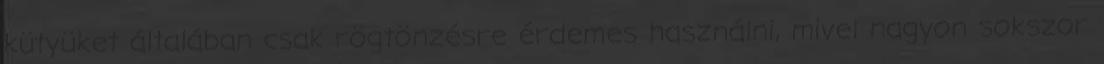
kütyüket általában csak rögtönzésre érdemes használni, mivel nagyon sokszor